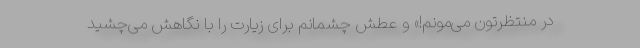
در منتظرتون می‌مونم!» و عطش چشمانم برای زیارت را با نگاهش می‌چشید